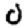
Digit: 0